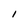
Character: I